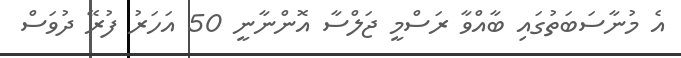
އެ މުނާސަބަތުގައި ބާއްވާ ރަސްމީ ޖަލްސާ އޮންނާނީ 50 އަހަރު ފުރޭ ދުވަސް